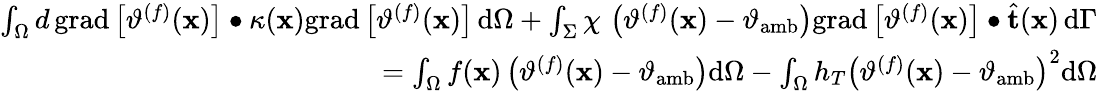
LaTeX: \begin{array}{r}{\int_{\Omega}d\, \mathrm{grad}\left[\vartheta^{(f)}(\mathbf{x})\right]\bullet\kappa(\mathbf{x})\mathrm{grad}\left[\vartheta^{(f)}(\mathbf{x})\right]\, \mathrm{d}\Omega+\int_{\Sigma}\chi\, \left(\vartheta^{(f)}(\mathbf{x})-\vartheta_{\mathrm{amb}}\right)\mathrm{grad}\left[\vartheta^{(f)}(\mathbf{x})\right]\bullet\widehat{\mathbf{t}}(\mathbf{x})\, \mathrm{d}\Gamma}\\ {=\int_{\Omega}f(\mathbf{x})\left(\vartheta^{(f)}(\mathbf{x})-\vartheta_{\mathrm{amb}}\right)\mathrm{d}\Omega-\int_{\Omega}h_{T}\left(\vartheta^{(f)}(\mathbf{x})-\vartheta_{\mathrm{amb}}\right)^{2}\mathrm{d}\Omega}\end{array}